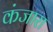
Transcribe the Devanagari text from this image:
कंजारा